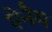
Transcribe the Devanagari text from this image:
ऐनैम